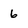
Character: 6